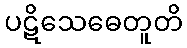
ပဋိသေဓေတူတိ